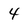
Character: 4